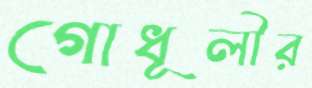
গোধূলীর